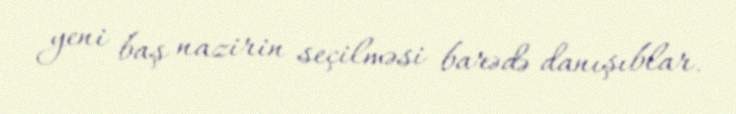
yeni baş nazirin seçilməsi barədə danışıblar.